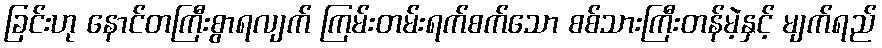
ခြင်းဟု နောင်တကြီးစွာရလျက် ကြမ်းတမ်းရက်စက်သော စစ်သားကြီးတန်မဲ့နှင့် မျက်ရည်